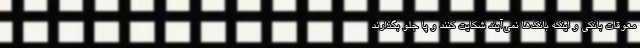
معوقات بانکی و اینکه بانک‌ها نمی‌آیند شکایت کنند و پا جلو بگذارند